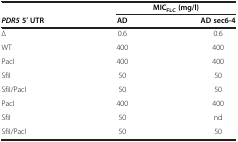
|  | <COLSPAN=2> MICFLC(mg/l) |
 | PDR55′ UTR | AD | AD sec6-4 |
 | --- | --- | --- |
 | ∆ | 0.6 | 0.6 |
 | WT | 400 | 400 |
 | PacI | 400 | 400 |
 | SfiI | 50 | 50 |
 | SfiI/PacI | 50 | 50 |
 | PacI | 400 | 400 |
 | SfiI | 50 | nd |
 | SfiI/PacI | 50 | 50 |